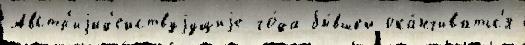
Австр'иjид'ействуjущиjе го́да бы́вшей ока́нчиватьс'я